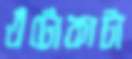
এঁটোকাটা